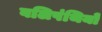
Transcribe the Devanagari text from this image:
बलिपंथियों